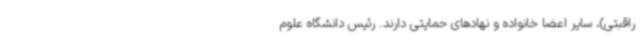
راقبتی)، سایر اعضا خانواده و نهادهای حمایتی دارند. رئیس دانشگاه علوم